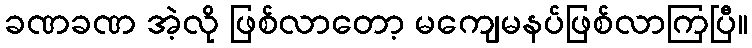
ခဏခဏ အဲ့လို ဖြစ်လာတော့ မကျေမနပ်ဖြစ်လာကြပြီ။